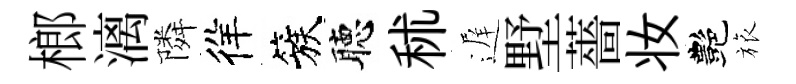
榔漓隣徉簇聴秫遅墅薔妆艷旅